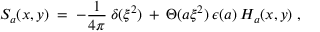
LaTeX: S _ { a } ( x , y ) \; = \; - \frac { 1 } { 4 \pi } \: \delta ( \xi ^ { 2 } ) \: + \: \Theta ( a \xi ^ { 2 } ) \: \epsilon ( a ) \: H _ { a } ( x , y ) \; ,